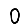
Digit: 0